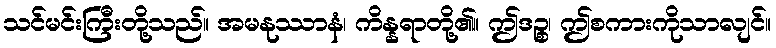
သင်မင်းကြီးတို့သည်။ အမနုဿာနံ၊ ကိန္နရာတို့၏။ ဤဒဉ္စ၊ ဤစကားကိုသာလျင်။